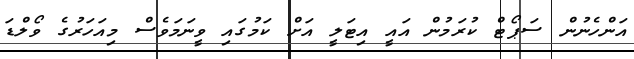
އަންހެނުން ސަޕޯޓް ކުރަމުން އައީ އިޓަލީ އަށް ކަމުގައި ވީނަމަވެސް މިއަހަރުގެ ވޯލްޑަ